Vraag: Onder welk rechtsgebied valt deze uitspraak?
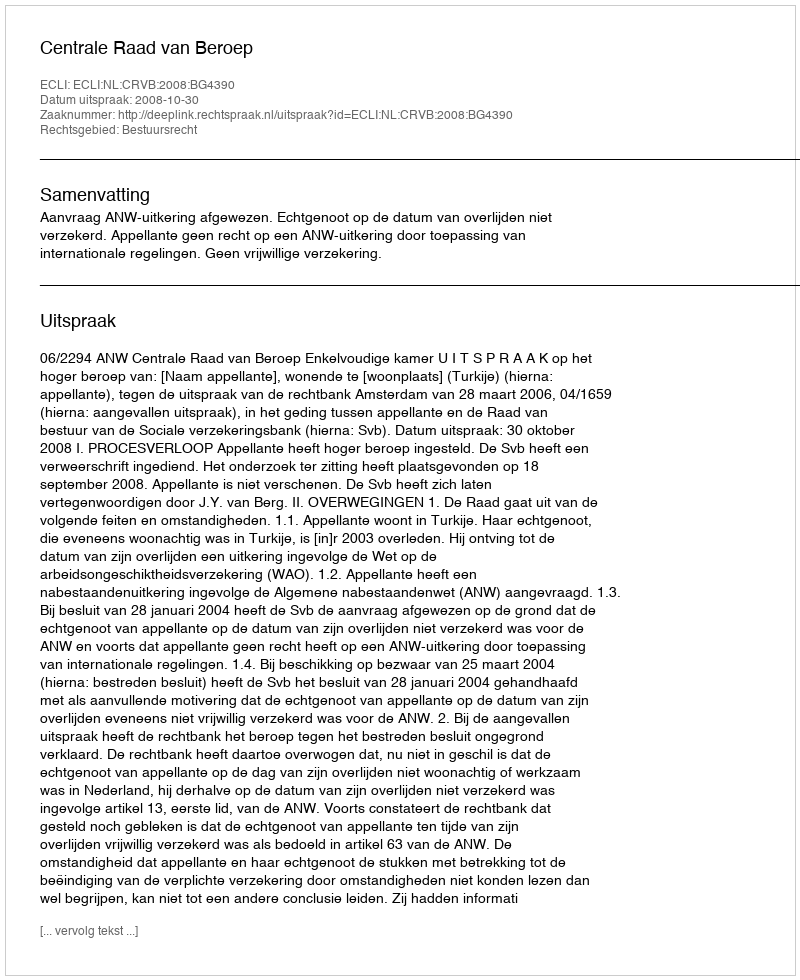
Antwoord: Bestuursrecht